Annual report on the Civil Veterinary Department, Burma (including the Insein Veterinary School) - 1910-1922
Year: 1910
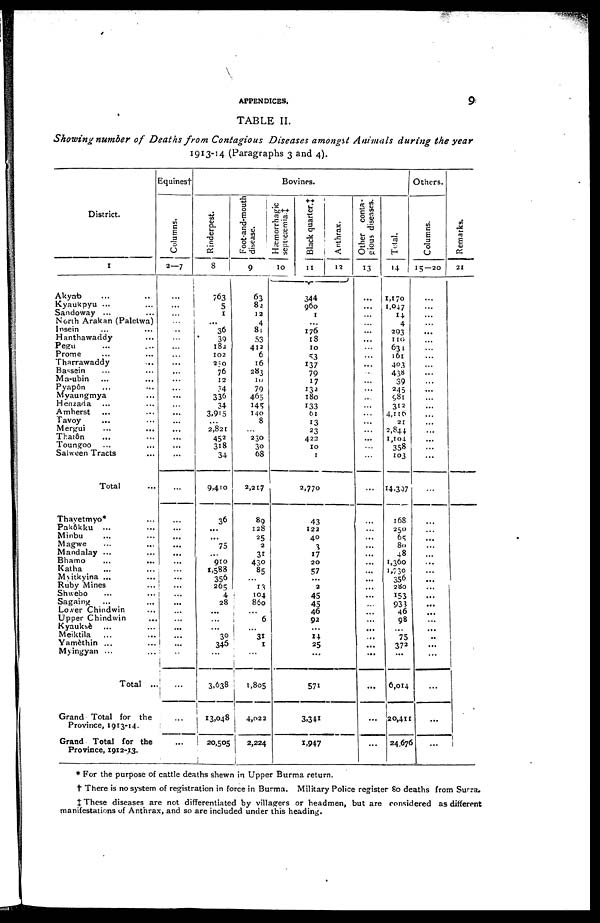
APPENDICES,
9
TABLE II.
Showing number of Deaths from Contagious Diseases amongst Animals during the year
1913-14 (Paragraphs 3 and 4).
District.
1
Akyab ... ...
Kyaukpyu ... ...
Sandoway ... ...
North Arakan (Paletwa)
Insein ... ...
Hanthawaddy ...
Pegu
Prome ... ...
Tharrawaddy ...
Bassein ... ...
Ma-ubin ... ...
Pyapôn ... ...
Myaungmya ...
Henzada ... ...
Amherst
Tavoy ... ...
Mergui ... ...
Thatôn ... ...
Toungoo ... ...
Salwcen Tracts ...
Total
Thayetmyo* ...
Pakôkku ... ...
Minbu ... ...
Magwe
...
...
Mandalay ... ...
Bhamo
...
...
Katha ... ...
Myitkyina ... ...
Ruby Mines
Shwebo ... ..
Sagaing
... ...
Lower Chindwin ...
Upper Chindwin ...
Kyauksè ... ...
Meiktila ... ...
Yamèthin ... ...
Myingyan ... ...
Total ...
Grand Total for the
Province, 1913-14.
Grand Total for the
Province, 1912-13.
Equines †
Columns.
2—7
.
...
... ...
...
...
...
...
...
...
...
...
...
...
...
...
...
...
...
...
...
...
...
...
...
...
...
...
...
...
...
...
...
...
...
...
...
...
...
...
...
...
...
Bovines.
Rinderpest.
8
763
5
1
...
36
39
182
102
250
76
12
34
336
34
3,915
2,821
452
318
34
9,410
36
...
75
910
1,583
356
265
4
28
...
...
...
30
345
...
3,638
13,048
20,505
Foot-and-mouth
disease.
9
63
82
12
4
81
53
412
6
16
283
10
79
465
145
140
8
...
230
30
68
2,217
89
128
25
2
31
430
85
...
13
104
860
...
6
... 31
1
...
1,805
4,022
2,224
Hæmorrhagic
septicemia.!
10
Black quarter. J
11
344
960
1
...
176
18
10
53
137
79
17
132
180
133
61
13
23
422
10
1
2,770
43
122
40
3
17
20
57
...
2
45
45
46
92
...
14
25
...
571
3,341
1,947
Anthrax.
12
Other conta-
gious diseases.
13
...
...
...
...
...
...
...
...
...
...
...
...
...
...
...
...
...
...
...
...
...
...
...
...
...
...
...
...
...
...
...
...
...
...
...
...
...
...
...
...
...
Total.
14
1,170
1,047
14
4
293
110
634
161
403
438
39
245
981
312
4,116
21
2,844
1,104.
358
103
14,397
168
250
65
80
48
1,360
1,730
356
280
153
933
46
98
75
372
...
6,014
20,411
24,676
Others.
Columns.
15—20
...
...
...
...
...
...
...
...
...
...
...
...
...
...
...
...
...
...
...
...
...
...
...
...
...
...
...
...
...
...
...
...
...
...
...
...
...
...
...
...
...
Re ma r
ks .
21
1
* For the purpose of cattle deaths shewn in Upper Burma return.
† There is no system of registration in force in Burma. Military Police register 80 deaths from Surra.
‡ These diseases are not differentiated by villagers or headmen, but are considered as different
manifestations of Anthrax, and so are included under this heading.